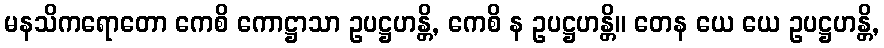
မနသိကရောတော ကေစိ ကောဋ္ဌာသာ ဥပဋ္ဌဟန္တိ, ကေစိ န ဥပဋ္ဌဟန္တိ။ တေန ယေ ယေ ဥပဋ္ဌဟန္တိ,